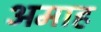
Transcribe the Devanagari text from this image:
अमाह